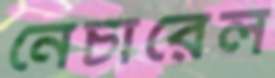
নেচারেল